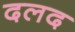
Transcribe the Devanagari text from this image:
दलद